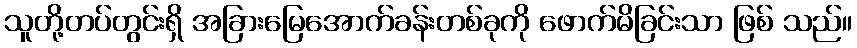
သူတို့တပ်တွင်းရှိ အခြားမြေအောက်ခန်းတစ်ခုကို ဖောက်မိခြင်းသာ ဖြစ် သည်။